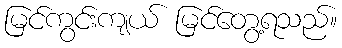
မြင်ကွင်းကျယ် မြင်တွေ့ရသည်။